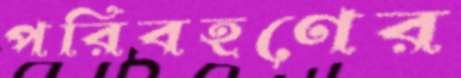
পরিবহণের